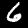
Digit: 6